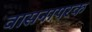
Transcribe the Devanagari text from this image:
वासनापरक